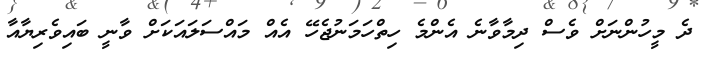
ދެ މީހުންނަށް ވެސް ދިމާވާނެ އެންމެ ހިތްހަމަނުޖެހޭ އެއް މައްސަލައަކަށް ވާނީ ބައިވެރިޔާއާ